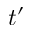
t ^ { \prime }